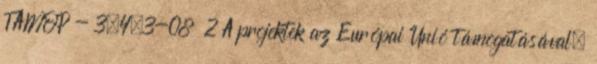
TÁMOP - 3.4.3-08 2 A projektek az Európai Unió támogatásával,